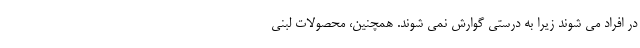
در افراد می شوند زیرا به درستی گوارش نمی شوند. همچنین، محصولات لبنی